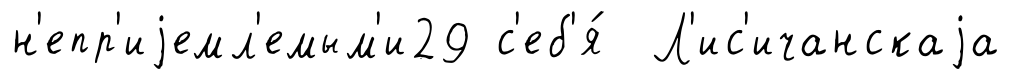
н'епр'иjемл'емым'и29 с'еб'я́ Л'ис'ичанскаjа